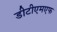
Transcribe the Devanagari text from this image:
डीटीएमएफ